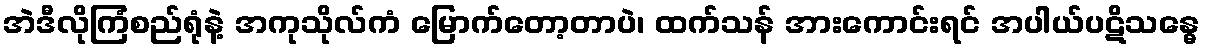
အဲဒီလိုကြံစည်ရုံနဲ့ အကုသိုလ်ကံ မြောက်တော့တာပဲ၊ ထက်သန် အားကောင်းရင် အပါယ်ပဋိသန္ဓေ